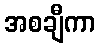
အစချီကာ